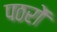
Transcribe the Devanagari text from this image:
पठरों